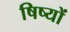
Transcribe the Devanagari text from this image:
षिष्यों